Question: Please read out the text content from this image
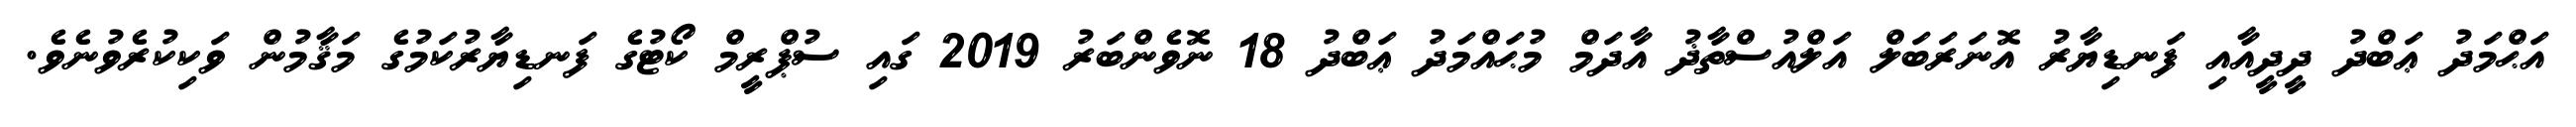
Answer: އަޙްމަދު ޢަބްދު ދީދީއާއި ފަނޑިޔާރު އޮނަރަބަލް އަލްއުސްތާޛު އާދަމް މުޙައްމަދު ޢަބްދު 18 ނޮވެންބަރު 2019 ގައި ސުޕްރީމް ކޯޓުގެ ފަނޑިޔާރުކަމުގެ މަޤާމުން ވަކިކުރެވުނެވެ.